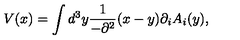
V ( x ) = \int d ^ { 3 } y \frac { 1 } { - \partial ^ { 2 } } ( x - y ) \partial _ { i } A _ { i } ( y ) ,